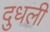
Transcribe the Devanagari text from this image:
दुधली